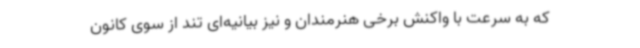
که به سرعت با واکنش برخی هنرمندان و نیز بیانیه‌ای تند از سوی کانون